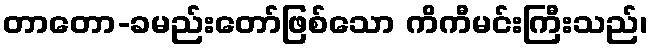
တာတော-ခမည်းတော်ဖြစ်သော ကိကီမင်းကြီးသည်၊